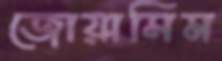
জোয়াসিম